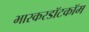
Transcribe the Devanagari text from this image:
भास्करडॉटकॉम